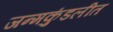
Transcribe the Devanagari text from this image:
जन्मकुंडलीत